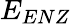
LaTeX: E_{ENZ}